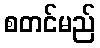
စတင်မည်